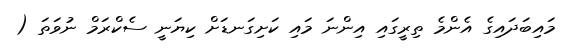
މައިބަދައިގެ އެންމެ ތިރީގައި އިންނަ މައި ކަށިގަނޑަށް ކިޔަނީ ސެކްރަމް ނުވަތަ (